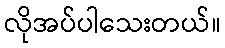
လိုအပ်ပါသေးတယ်။